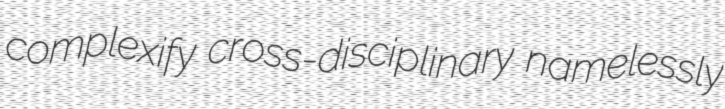
complexify cross-disciplinary namelessly